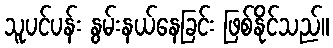
သူပင်ပန်း နွမ်းနယ်နေခြင်း ဖြစ်နိုင်သည်။